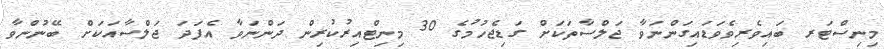
މިނިސްޓަރ ބައިވެރިވެވަޑައިގަންނަވާ ޖަލްސާތަކަށް ގަޑިޖެހުމުގެ 30 މިނިޓްއިރުކުރިން ދަންނަވާ އެފަދަ ޖަލްސާއަކަށް ބޭނުންވާ